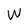
Character: W